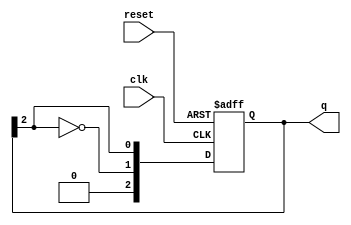
module johnson_counter #(
    parameter N = 3  // Number of flip-flops, can be set to any positive integer
)(
    input wire clk,          // Clock input
    input wire reset,        // Asynchronous reset input
    output reg [N-1:0] q     // Output vector representing the counter state
);

// Counter operation
always @(posedge clk or posedge reset) begin
    if (reset) begin
        // Initialize the counter state to all zeros on reset
        q <= {N{1'b0}};
    end else begin
        // Shift and feedback mechanism for Johnson Counter
        q <= {~q[N-1], q[N-1:N-1]};  // Shift right with inverted last FF output fed to first FF
    end
end

endmodule